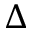
\Delta